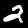
Label: 2